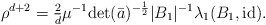
\begin{align*} \rho^{d+2} = \tfrac{2}{d}\mu^{-1}\textup{det}(\bar{a})^{-\frac{1}{2}}|B_1|^{-1}\lambda_1(B_1,\textup{id}). \end{align*}